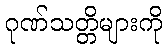
ဂုဏ်သတ္တိများကို